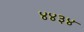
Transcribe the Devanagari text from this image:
४४३४